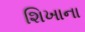
શિખાના